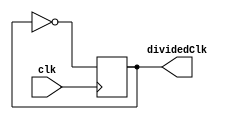
module ClockDivider(output dividedClk, input clk);
    reg dividedClk = 0;
    always @(posedge clk) begin
        dividedClk = ~dividedClk;            
    end
endmodule